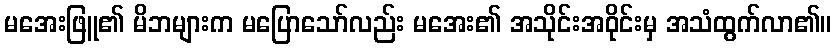
မအေးဖြူ၏ မိဘများက မပြောသော်လည်း မအေး၏ အသိုင်းအဝိုင်းမှ အသံထွက်လာ၏။